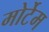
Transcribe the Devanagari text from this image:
मोर्टेम